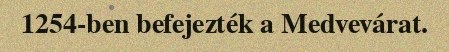
1254-ben befejezték a Medvevárat.